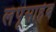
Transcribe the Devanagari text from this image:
लंपूसाहेब